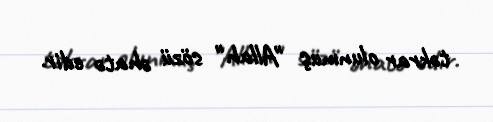
təkrar olunmuş "Allah" sözü əhatə edir.